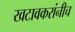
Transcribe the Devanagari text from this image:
खटावकरांनीच